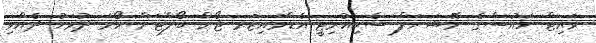
ވައިޓް ހައުސްގެ ނޭޝަނަލް ސެކިއުރިޓީ އެޑްވައިޒަރ ޖޯން ބޯލްޓަން ހޯމަ ދުވަހު ދެއްވި